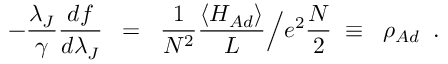
- \frac { \lambda _ { J } } { \gamma } \frac { d f } { d \lambda _ { J } } \; \; = \; \; \frac { 1 } { N ^ { 2 } } \frac { \langle H _ { A d } \rangle } { L } \Big / e ^ { 2 } \frac { N } { 2 } \; \equiv \; \; \rho _ { A d } \; \; .